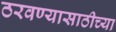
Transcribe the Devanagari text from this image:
ठरवण्यासाठीच्या